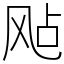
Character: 飐